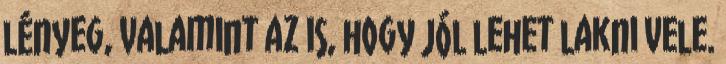
lényeg, valamint az is, hogy jól lehet lakni vele.